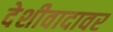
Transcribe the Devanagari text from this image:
देशीवादावर